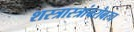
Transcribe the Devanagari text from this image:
शस्त्रास्त्रांबरोबरच